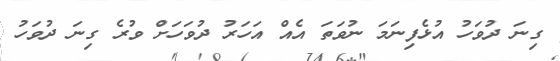
ގިނަ ދުވަހު އުޅެފިނަމަ ނުވަތަ އެއް އަހަރު ދުވަހަށް ވުރެ ގިނަ ދުވަހު